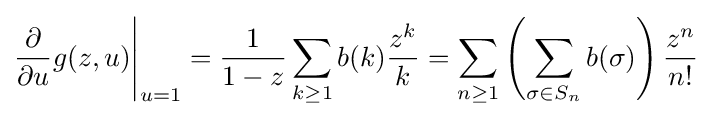
{\frac {\partial }{\partial u}}g(z,u){\Bigg |}_{u=1}={\frac {1}{1-z}}\sum _{k\geq 1}b(k){\frac {z^{k}}{k}}=\sum _{n\geq 1}\left(\sum _{\sigma \in S_{n}}b(\sigma )\right){\frac {z^{n}}{n!}}